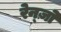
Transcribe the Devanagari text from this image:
रेन्ज़ो